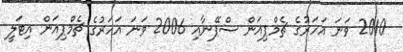
2010 ވަނަ އަހަރުގެ ޗެމްޕިއަން ސްޕޭނާއި 2006 ވަނަ އަހަރުގެ ޗެމްޕިއަން އިޓަލީ